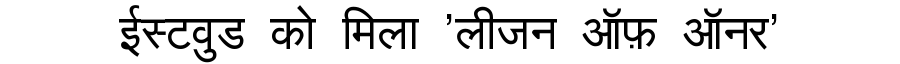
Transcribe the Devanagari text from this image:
ईस्टवुड को मिला 'लीजन ऑफ़ ऑनर'